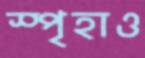
স্পৃহাও